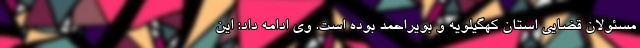
مسئولان قضایی استان کهگیلویه و بویراحمد بوده است. وی ادامه داد: این